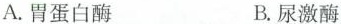
A.胃蛋白酶 B.尿激酶